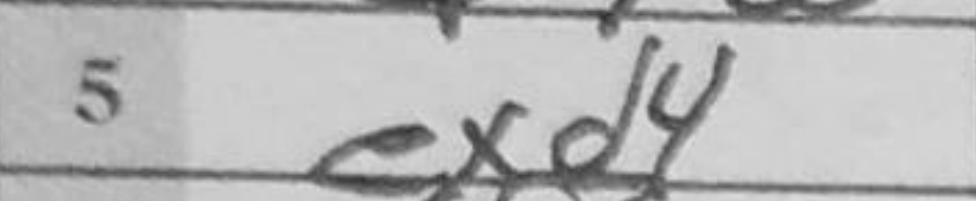
Transcription: exd4